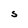
Character: S